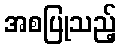
အစပြုသည့်